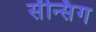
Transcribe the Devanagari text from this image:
सेंन्सिंग